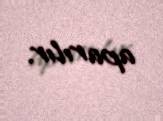
aparılır.